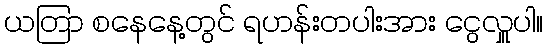
ယတြာ စနေနေ့တွင် ရဟန်းတပါးအား ငွေလှူပါ။